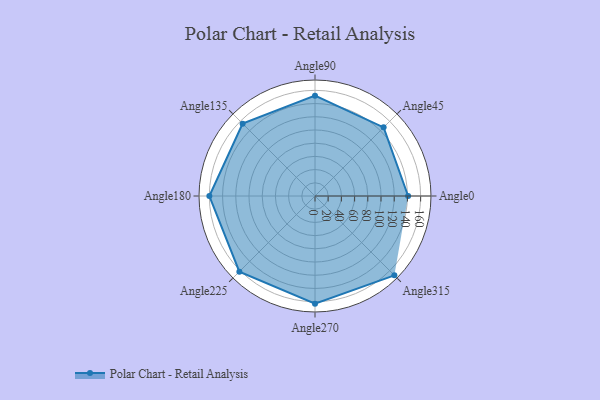
{"axis": {"x": "Angle", "y": "Radius"}, "legend": [""], "data": [{"x": "Angle0", "y": 141.0, "type": ""}, {"x": "Angle45", "y": 147.0, "type": ""}, {"x": "Angle90", "y": 152.0, "type": ""}, {"x": "Angle135", "y": 155.0, "type": ""}, {"x": "Angle180", "y": 160.0, "type": ""}, {"x": "Angle225", "y": 162.0, "type": ""}, {"x": "Angle270", "y": 163.0, "type": ""}, {"x": "Angle315", "y": 170.0, "type": ""}]}